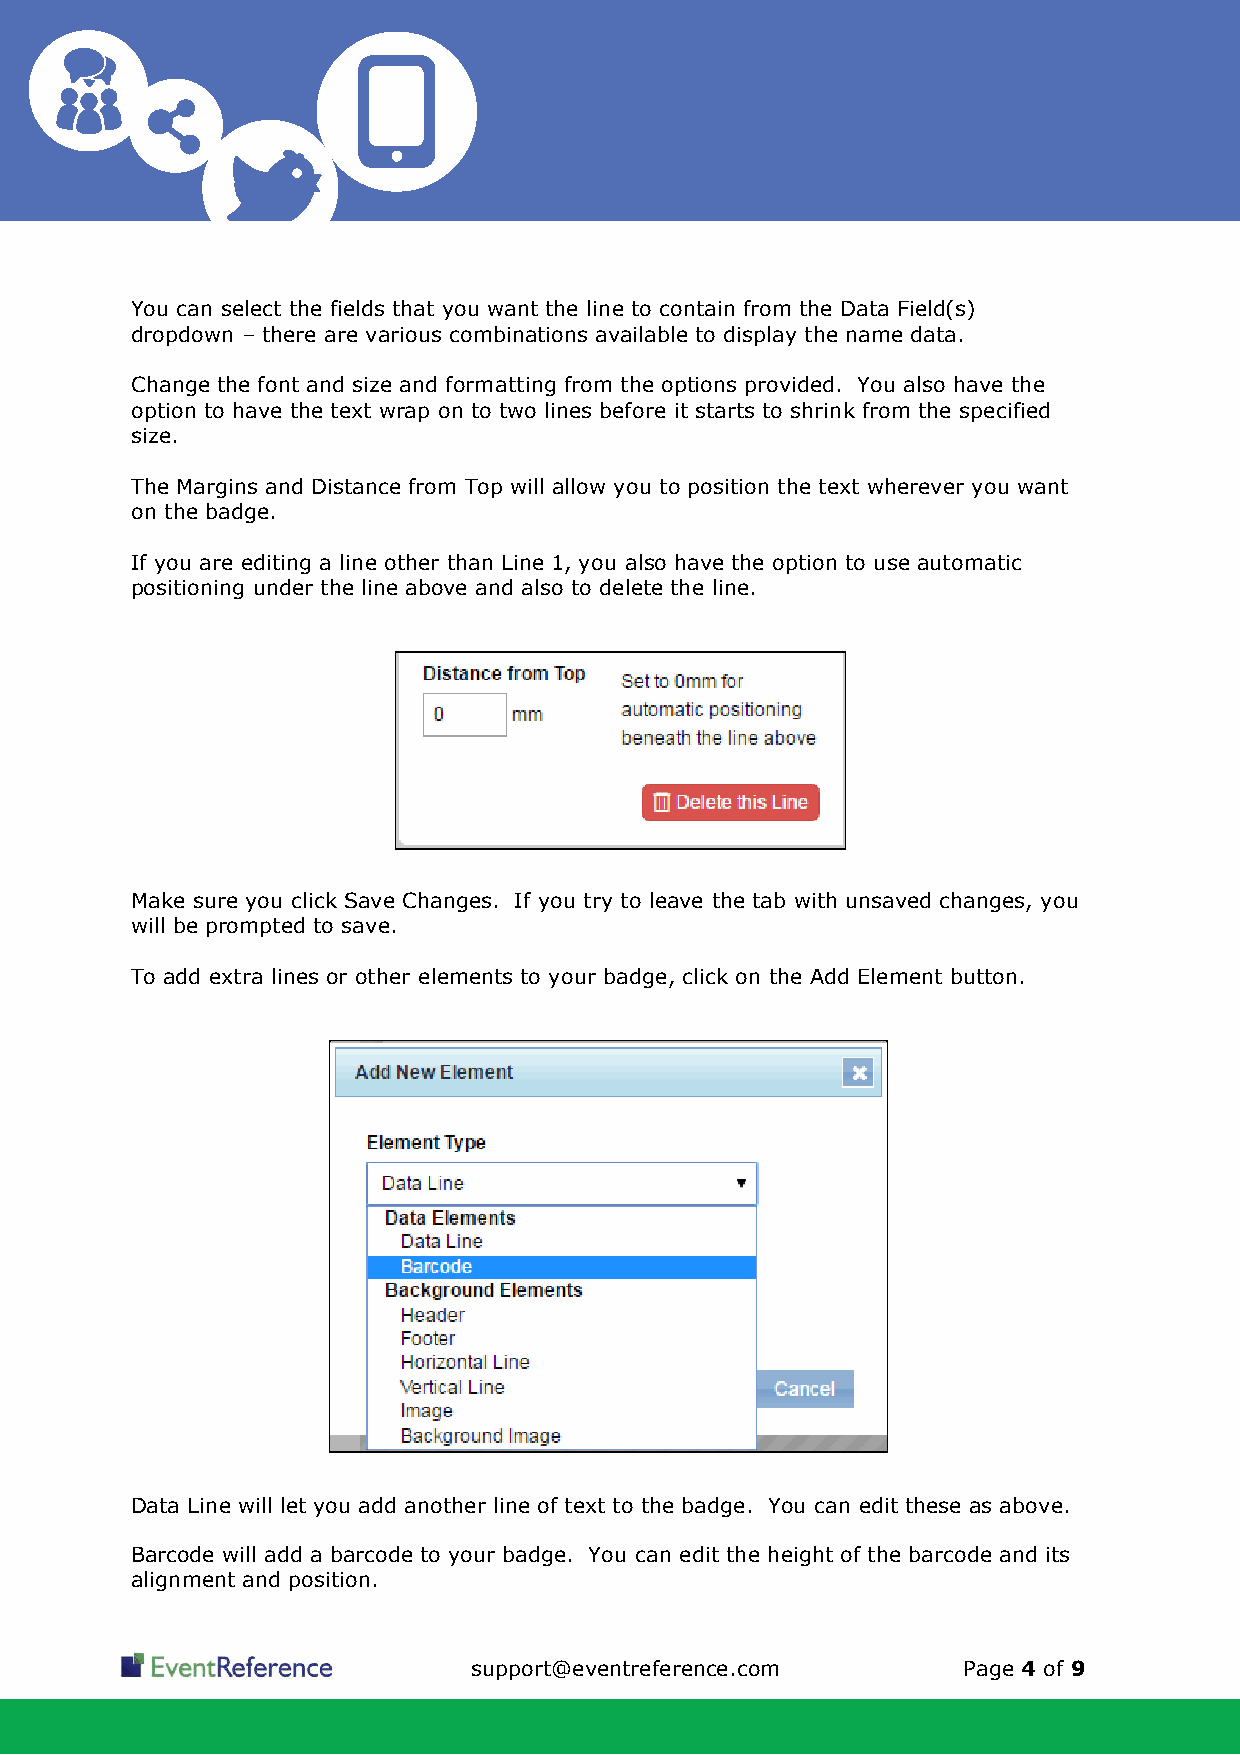
You can select the fields that you want the line to contain from the Data Field(s)
 dropdown – there are various combinations available to display the name data.
 Change the font and size and formatting from the options provided. You also have the
 option to have the text wrap on to two lines before it starts to shrink from the specified
 size.
 The Margins and Distance from Top will allow you to position the text wherever you want
 on the badge.
 If you are editing a line other than Line 1, you also have the option to use automatic
 positioning under the line above and also to delete the line.
 Make sure you click Save Changes. If you try to leave the tab with unsaved changes, you
 will be prompted to save.
 To add extra lines or other elements to your badge, click on the Add Element button.
 Data Line will let you add another line of text to the badge. You can edit these as above.
 Barcode will add a barcode to your badge. You can edit the height of the barcode and its
 alignment and position.
 support@eventreference.com       Page 4 of 9